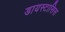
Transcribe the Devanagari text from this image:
डायस्टासिस